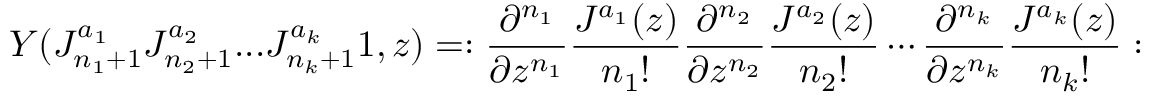
Y ( J _ { n _ { 1 } + 1 } ^ { a _ { 1 } } J _ { n _ { 2 } + 1 } ^ { a _ { 2 } } . . . J _ { n _ { k } + 1 } ^ { a _ { k } } 1 , z ) = : { \frac { \partial ^ { n _ { 1 } } } { \partial z ^ { n _ { 1 } } } } { \frac { J ^ { a _ { 1 } } ( z ) } { n _ { 1 } ! } } { \frac { \partial ^ { n _ { 2 } } } { \partial z ^ { n _ { 2 } } } } { \frac { J ^ { a _ { 2 } } ( z ) } { n _ { 2 } ! } } \cdots { \frac { \partial ^ { n _ { k } } } { \partial z ^ { n _ { k } } } } { \frac { J ^ { a _ { k } } ( z ) } { n _ { k } ! } } :